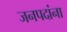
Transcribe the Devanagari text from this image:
जनपदांना